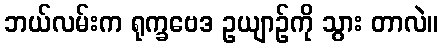
ဘယ်လမ်းက ရုက္ခဗေဒ ဥယျာဉ်ကို သွား တာလဲ။